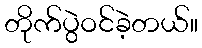
တိုက်ပွဲဝင်ခဲ့တယ်။